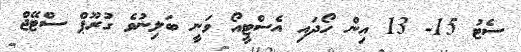
ސެޓު 15- 13 އިން ހޯދައި އެސްޓީއޯ ވަނީ ބަލިނުވެ ގުރޫޕް ސްޓޭޖް